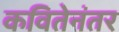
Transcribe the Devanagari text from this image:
कवितेनंतर